Problem: 9 × 7 = ?
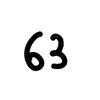
Handwritten answer: 63